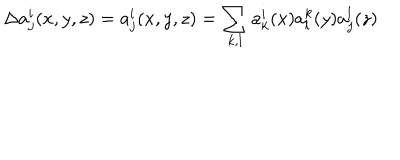
LaTeX: \Delta a _ { j } ^ { i } ( x , y , z ) = a _ { j } ^ { i } ( x , y , z ) = \sum _ { k , l } a _ { k } ^ { i } ( x ) a _ { l } ^ { k } ( y ) a _ { j } ^ { l } ( z )